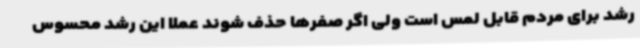
رشد برای مردم قابل لمس است ولی اگر صفرها حذف شوند عملاً این رشد محسوس